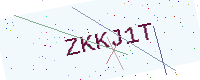
Text: ZKKJ1T